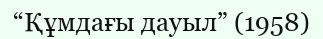
“Құмдағы дауыл” (1958)